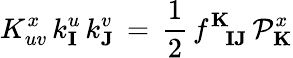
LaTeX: K_{uv}^{x}\, k_{\mathbf{I}}^{u}\, k_{\mathbf{J}}^{v}\, =\, {\frac{1}{2}}\, f_{\phantom{\mathbf{K}}\mathbf{I}\mathbf{J}}^{\mathbf{K}}\, {\cal P}_{\mathbf{K}}^{x}